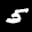
Label: 5